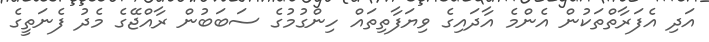
އަދި އެފަރާތްތަކުން އެންމެ އާދައިގެ ވިޔަފާތިތައް ހިންގުމުގެ ސަބަބުން ރާއްޖޭގެ މެދު ފެނަތީގެ